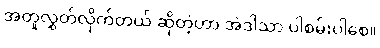
အတူလွှတ်လိုက်တယ် ဆိုတဲ့ဟာ အဲဒါသာ ပါစမ်းပါစေ။